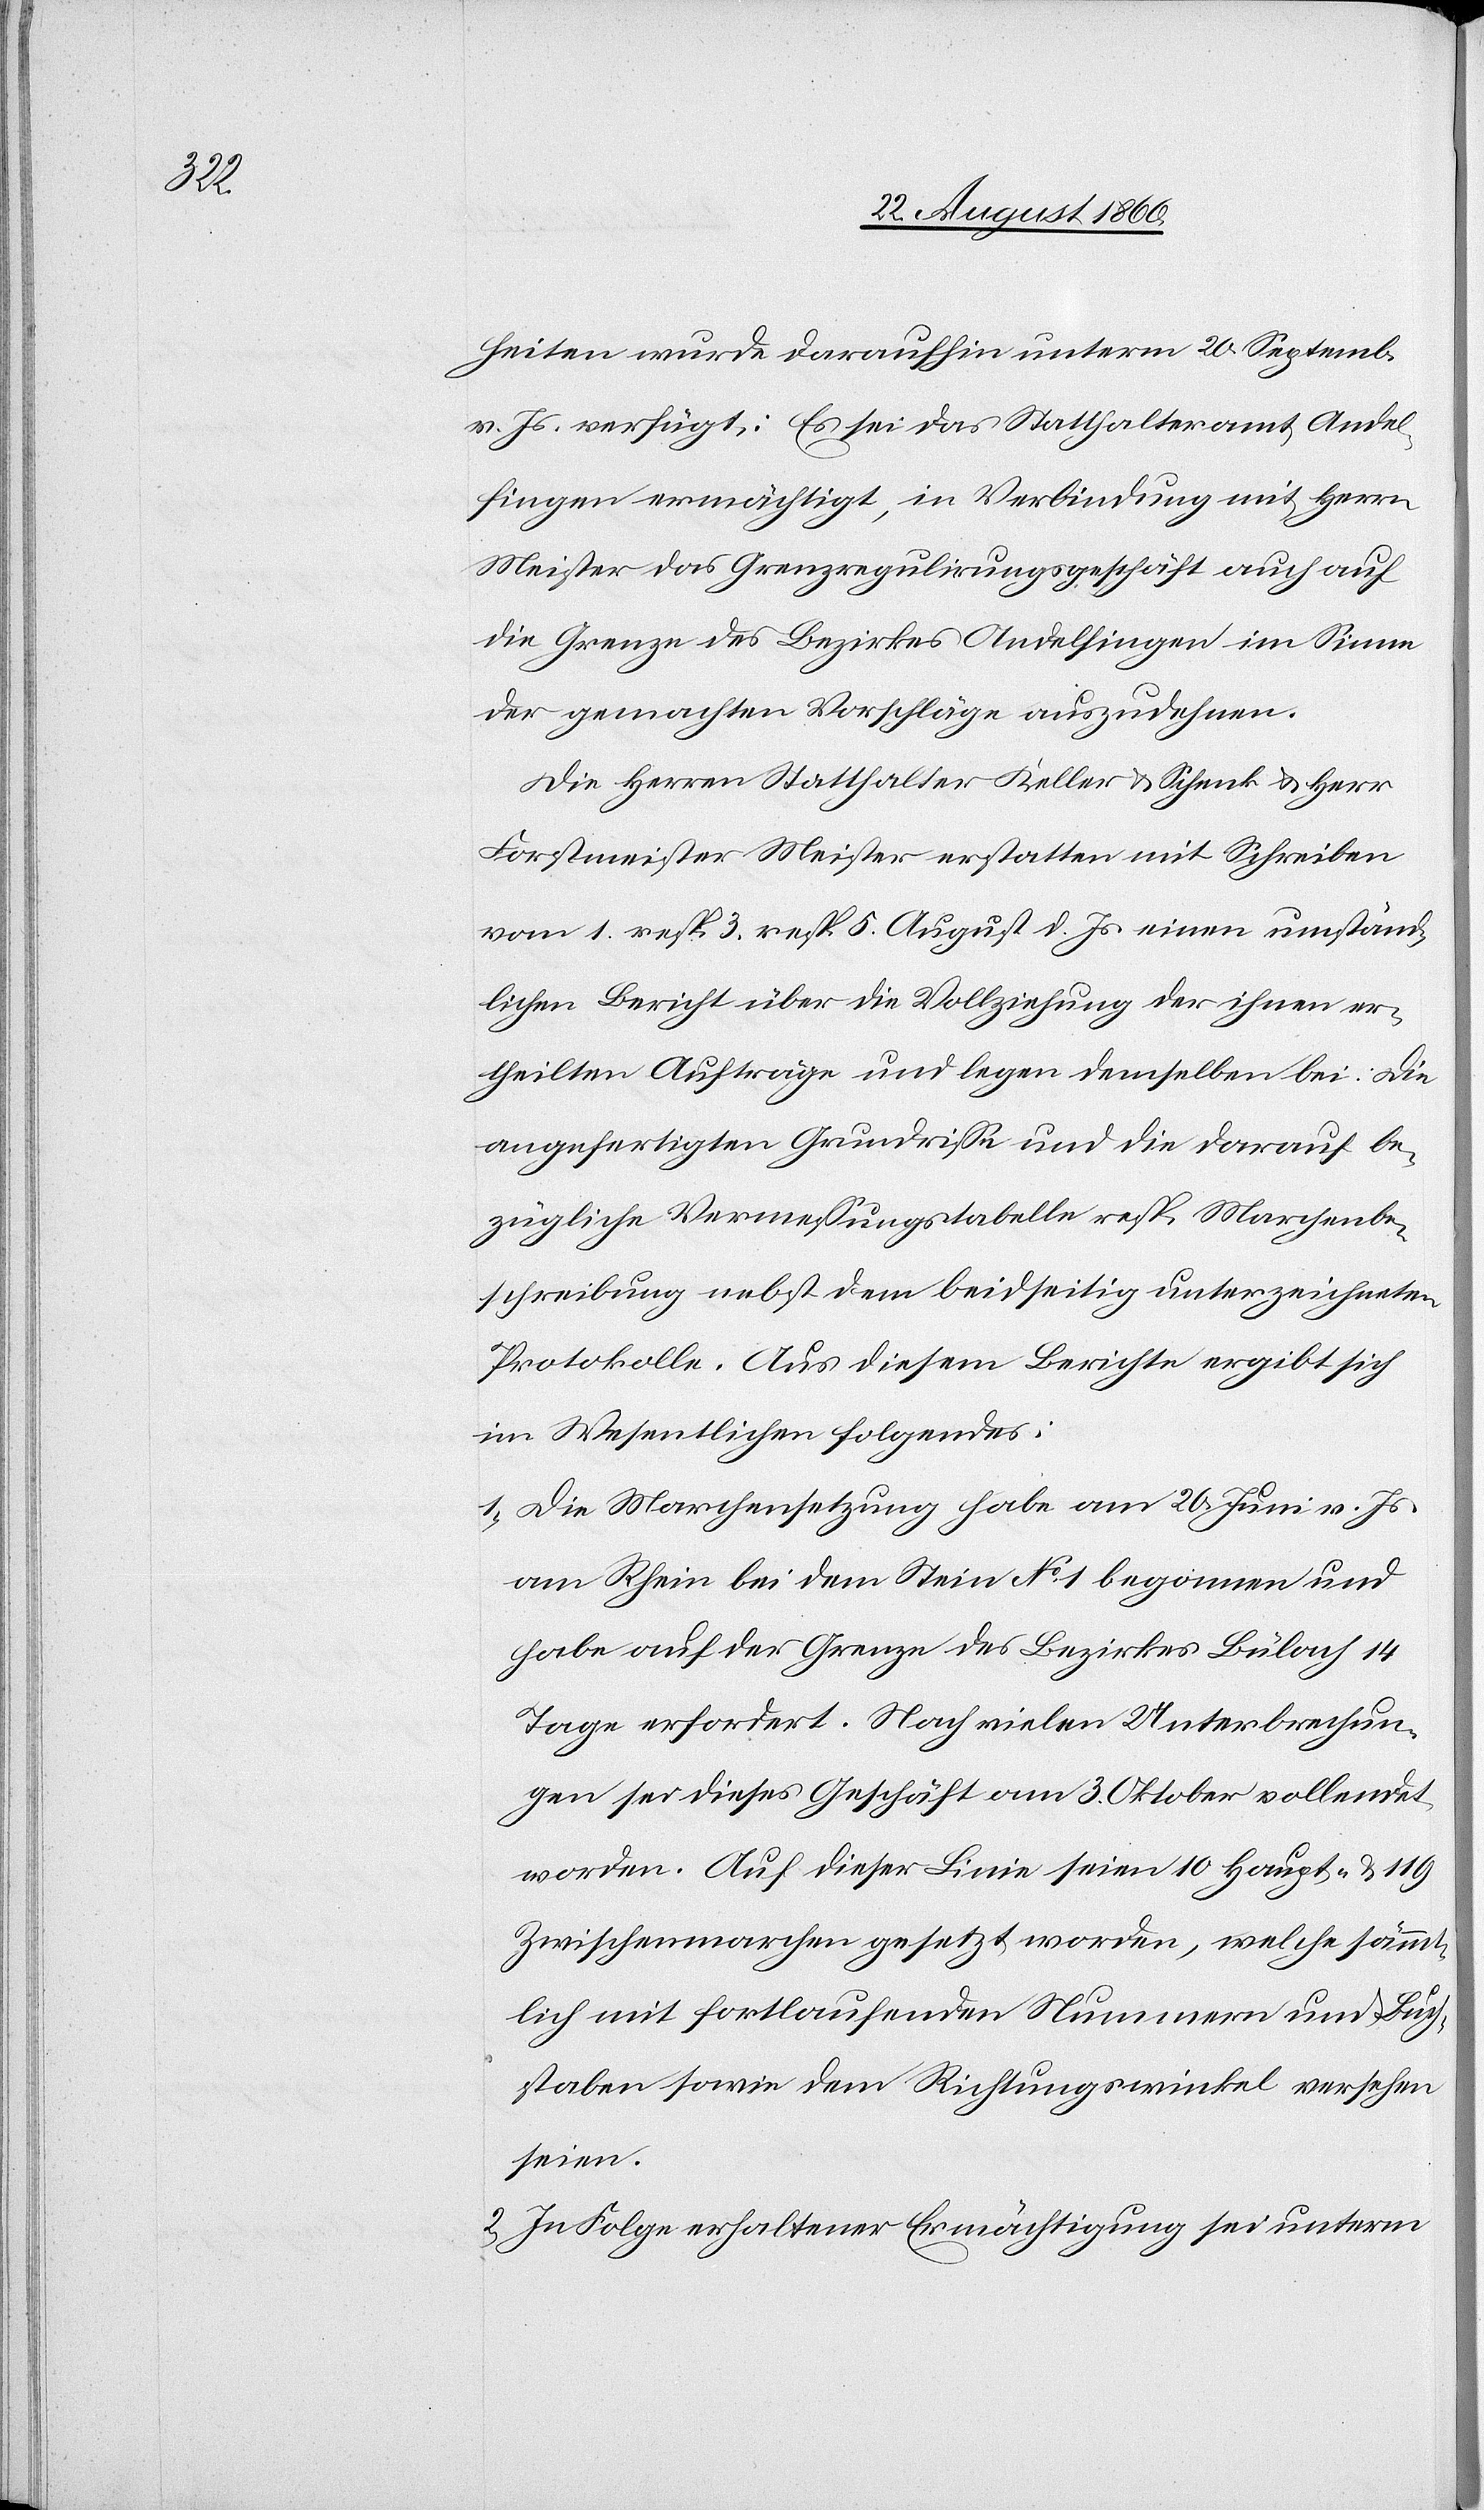
heiten, wurde daraufhin unterm 20. September
v. Js. verfügt: Es sei das Statthalteramt Andel¬
fingen ermächtigt, in Verbindung mit Herrn
Meister das Grenzregulirungsgeschäft auch auf
die Grenze des Bezirkes Andelfingen im Sinne
der gemachten Vorschläge auszudehnen.
Die Herren Statthalter Keller u. Schenk u. Hr.
Forstmeister Meister erstatten mit Schreiben
vom 1. resp. 5. August d. Js. einen umständ¬
lichen Bericht über die Vollziehung der ihnen er¬
theilten Aufträge und legen demselben bei: die
angefertigten Grundrisse und die darauf be¬
zügliche Vermessungstabelle resp. Marchenbe¬
schreibung nebst dem beidseitig unterzeichneten
Protokolle. Aus diesem Berichte ergibt sich
im Wesentlichen Folgendes:
1) Die Marchensetzung habe am 20. Juni v. Js.
am Rhein bei dem Stein No 1 begonnen und
habe auf der Grenze des Bezirkes Bülach 14
Tage erfordert. Nach vielen Unterbrechun¬
gen sei dieses Geschäft am 3. Oktober vollendet
worden. Auf dieser Linie seien 10 Haupt- u. 119
Zwischenmarchen gesetzt worden, welche sämmt¬
lich mit fortlaufenden Nummern und Buch¬
staben, sowie dem Richtungswinkel versehen
sein.
2) In Folge erhaltener Ermächtigung sei unterm